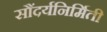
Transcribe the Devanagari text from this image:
सौंदर्यनिर्मिती